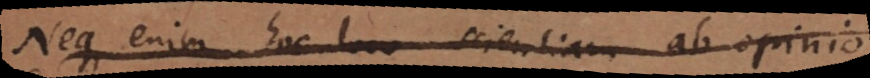
Neque enim hoc loco scientiam ab opinio